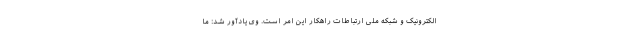
الکترونیک و شبکه ملی ارتباطات راهکار این امر است. وی یادآور شد: ما